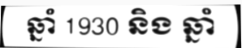
ឆ្នាំ 1930 និង ឆ្នាំ